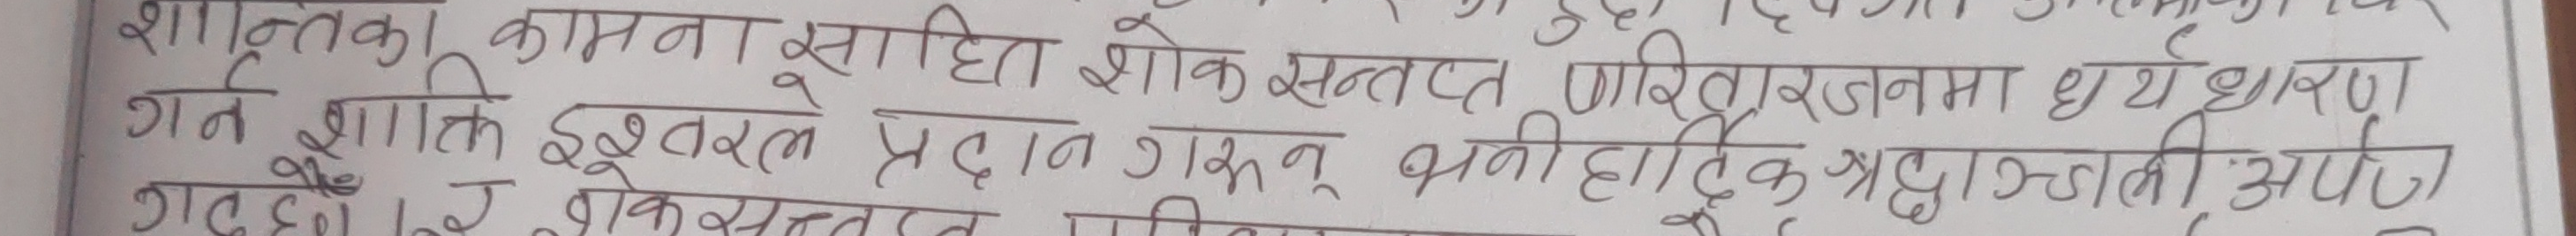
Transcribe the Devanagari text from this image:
शांतीका कामना सहित शोक सन्तप्त परिवारजनमा धैर्य धारण
गत शान्ति ईश्वरले प्रदान गरून् भनी हार्दिक श्रद्धाञ्जली अर्पण
गर्दछौँ र शोकसन्तप्त परिवार